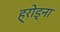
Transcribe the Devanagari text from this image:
ह्रोड्ना